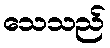
သေသည်